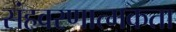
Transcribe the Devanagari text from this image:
संहवरणात्मकता